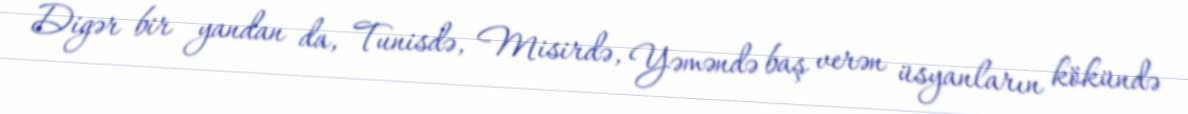
Digər bir yandan da, Tunisdə, Misirdə, Yəməndə baş verən üsyanların kökündə